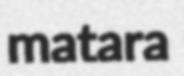
matara